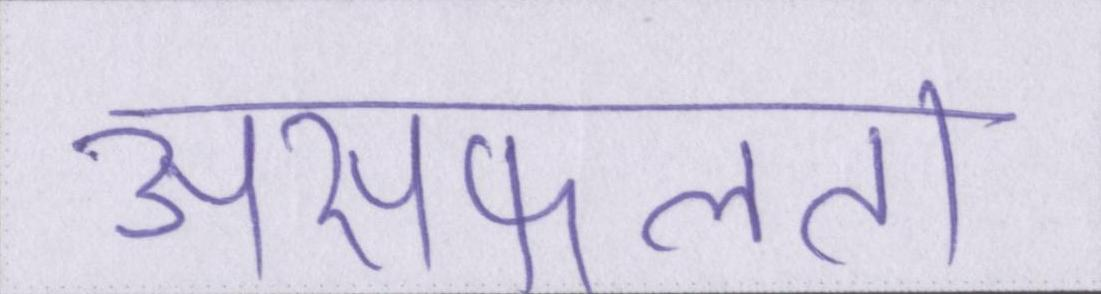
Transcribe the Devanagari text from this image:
असफलता